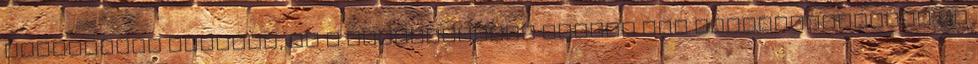
kockázatos csoport, és a kisgyermeket nevelő nők foglalkoztatása is